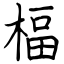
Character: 楅